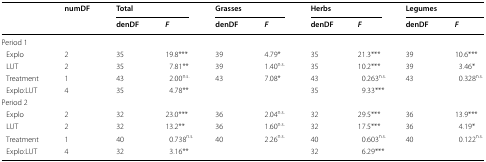
<table><thead><tr><td rowspan="2"></td><td rowspan="2"><b>numDF</b></td><td colspan="2"><b>Total</b></td><td colspan="2"><b>Grasses</b></td><td colspan="2"><b>Herbs</b></td><td colspan="2"><b>Legumes</b></td></tr><tr><td><b>denDF</b></td><td><b><i>F</i></b></td><td><b>denDF</b></td><td><b><i>F</i></b></td><td><b>denDF</b></td><td><b><i>F</i></b></td><td><b>denDF</b></td><td><b><i>F</i></b></td></tr></thead><tbody><tr><td colspan="10">Period 1</td></tr><tr><td> Explo</td><td>2</td><td>35</td><td>19.8***</td><td>39</td><td>4.79*</td><td>35</td><td>21.3***</td><td>39</td><td>10.6***</td></tr><tr><td> LUT</td><td>2</td><td>35</td><td>7.81**</td><td>39</td><td>1.40<sup>n.s.</sup></td><td>35</td><td>10.2***</td><td>39</td><td>3.46*</td></tr><tr><td> Treatment</td><td>1</td><td>43</td><td>2.00<sup>n.s.</sup></td><td>43</td><td>7.08*</td><td>43</td><td>0.263<sup>n.s.</sup></td><td>43</td><td>0.328<sup>n.s.</sup></td></tr><tr><td> Explo:LUT</td><td>4</td><td>35</td><td>4.78**</td><td></td><td></td><td>35</td><td>9.33***</td><td></td><td></td></tr><tr><td colspan="10">Period 2</td></tr><tr><td> Explo</td><td>2</td><td>32</td><td>23.0***</td><td>36</td><td>2.04<sup>n.s.</sup></td><td>32</td><td>29.5***</td><td>36</td><td>13.9***</td></tr><tr><td> LUT</td><td>2</td><td>32</td><td>13.2**</td><td>36</td><td>1.60<sup>n.s.</sup></td><td>32</td><td>17.5***</td><td>36</td><td>4.19*</td></tr><tr><td> Treatment</td><td>1</td><td>40</td><td>0.738<sup>n.s.</sup></td><td>40</td><td>2.26<sup>n.s.</sup></td><td>40</td><td>0.603<sup>n.s.</sup></td><td>40</td><td>0.122<sup>n.s.</sup></td></tr><tr><td> Explo:LUT</td><td>4</td><td>32</td><td>3.16**</td><td></td><td></td><td>32</td><td>6.29***</td><td></td><td></td></tr></tbody></table>